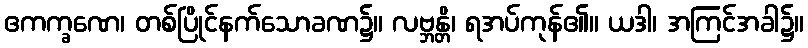
ဧကက္ခဏေ၊ တစ်ပြိုင်နက်သောခဏ၌။ လဗ္ဘန္တိ၊ ရအပ်ကုန်၏။ ယဒါ၊ အကြင်အခါ၌။